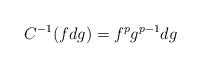
LaTeX: \begin{align*}C^{-1}(fdg) = f^pg^{p-1}dg\end{align*}